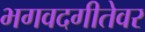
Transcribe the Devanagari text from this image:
भगवदगीतेवर